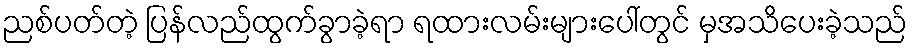
ညစ်ပတ်တဲ့ ပြန်လည်ထွက်ခွာခဲ့ရာ ရထားလမ်းများပေါ်တွင် မှအသိပေးခဲ့သည်